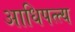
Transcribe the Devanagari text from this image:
आधिपत्त्य